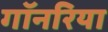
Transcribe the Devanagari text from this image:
गॉनरिया